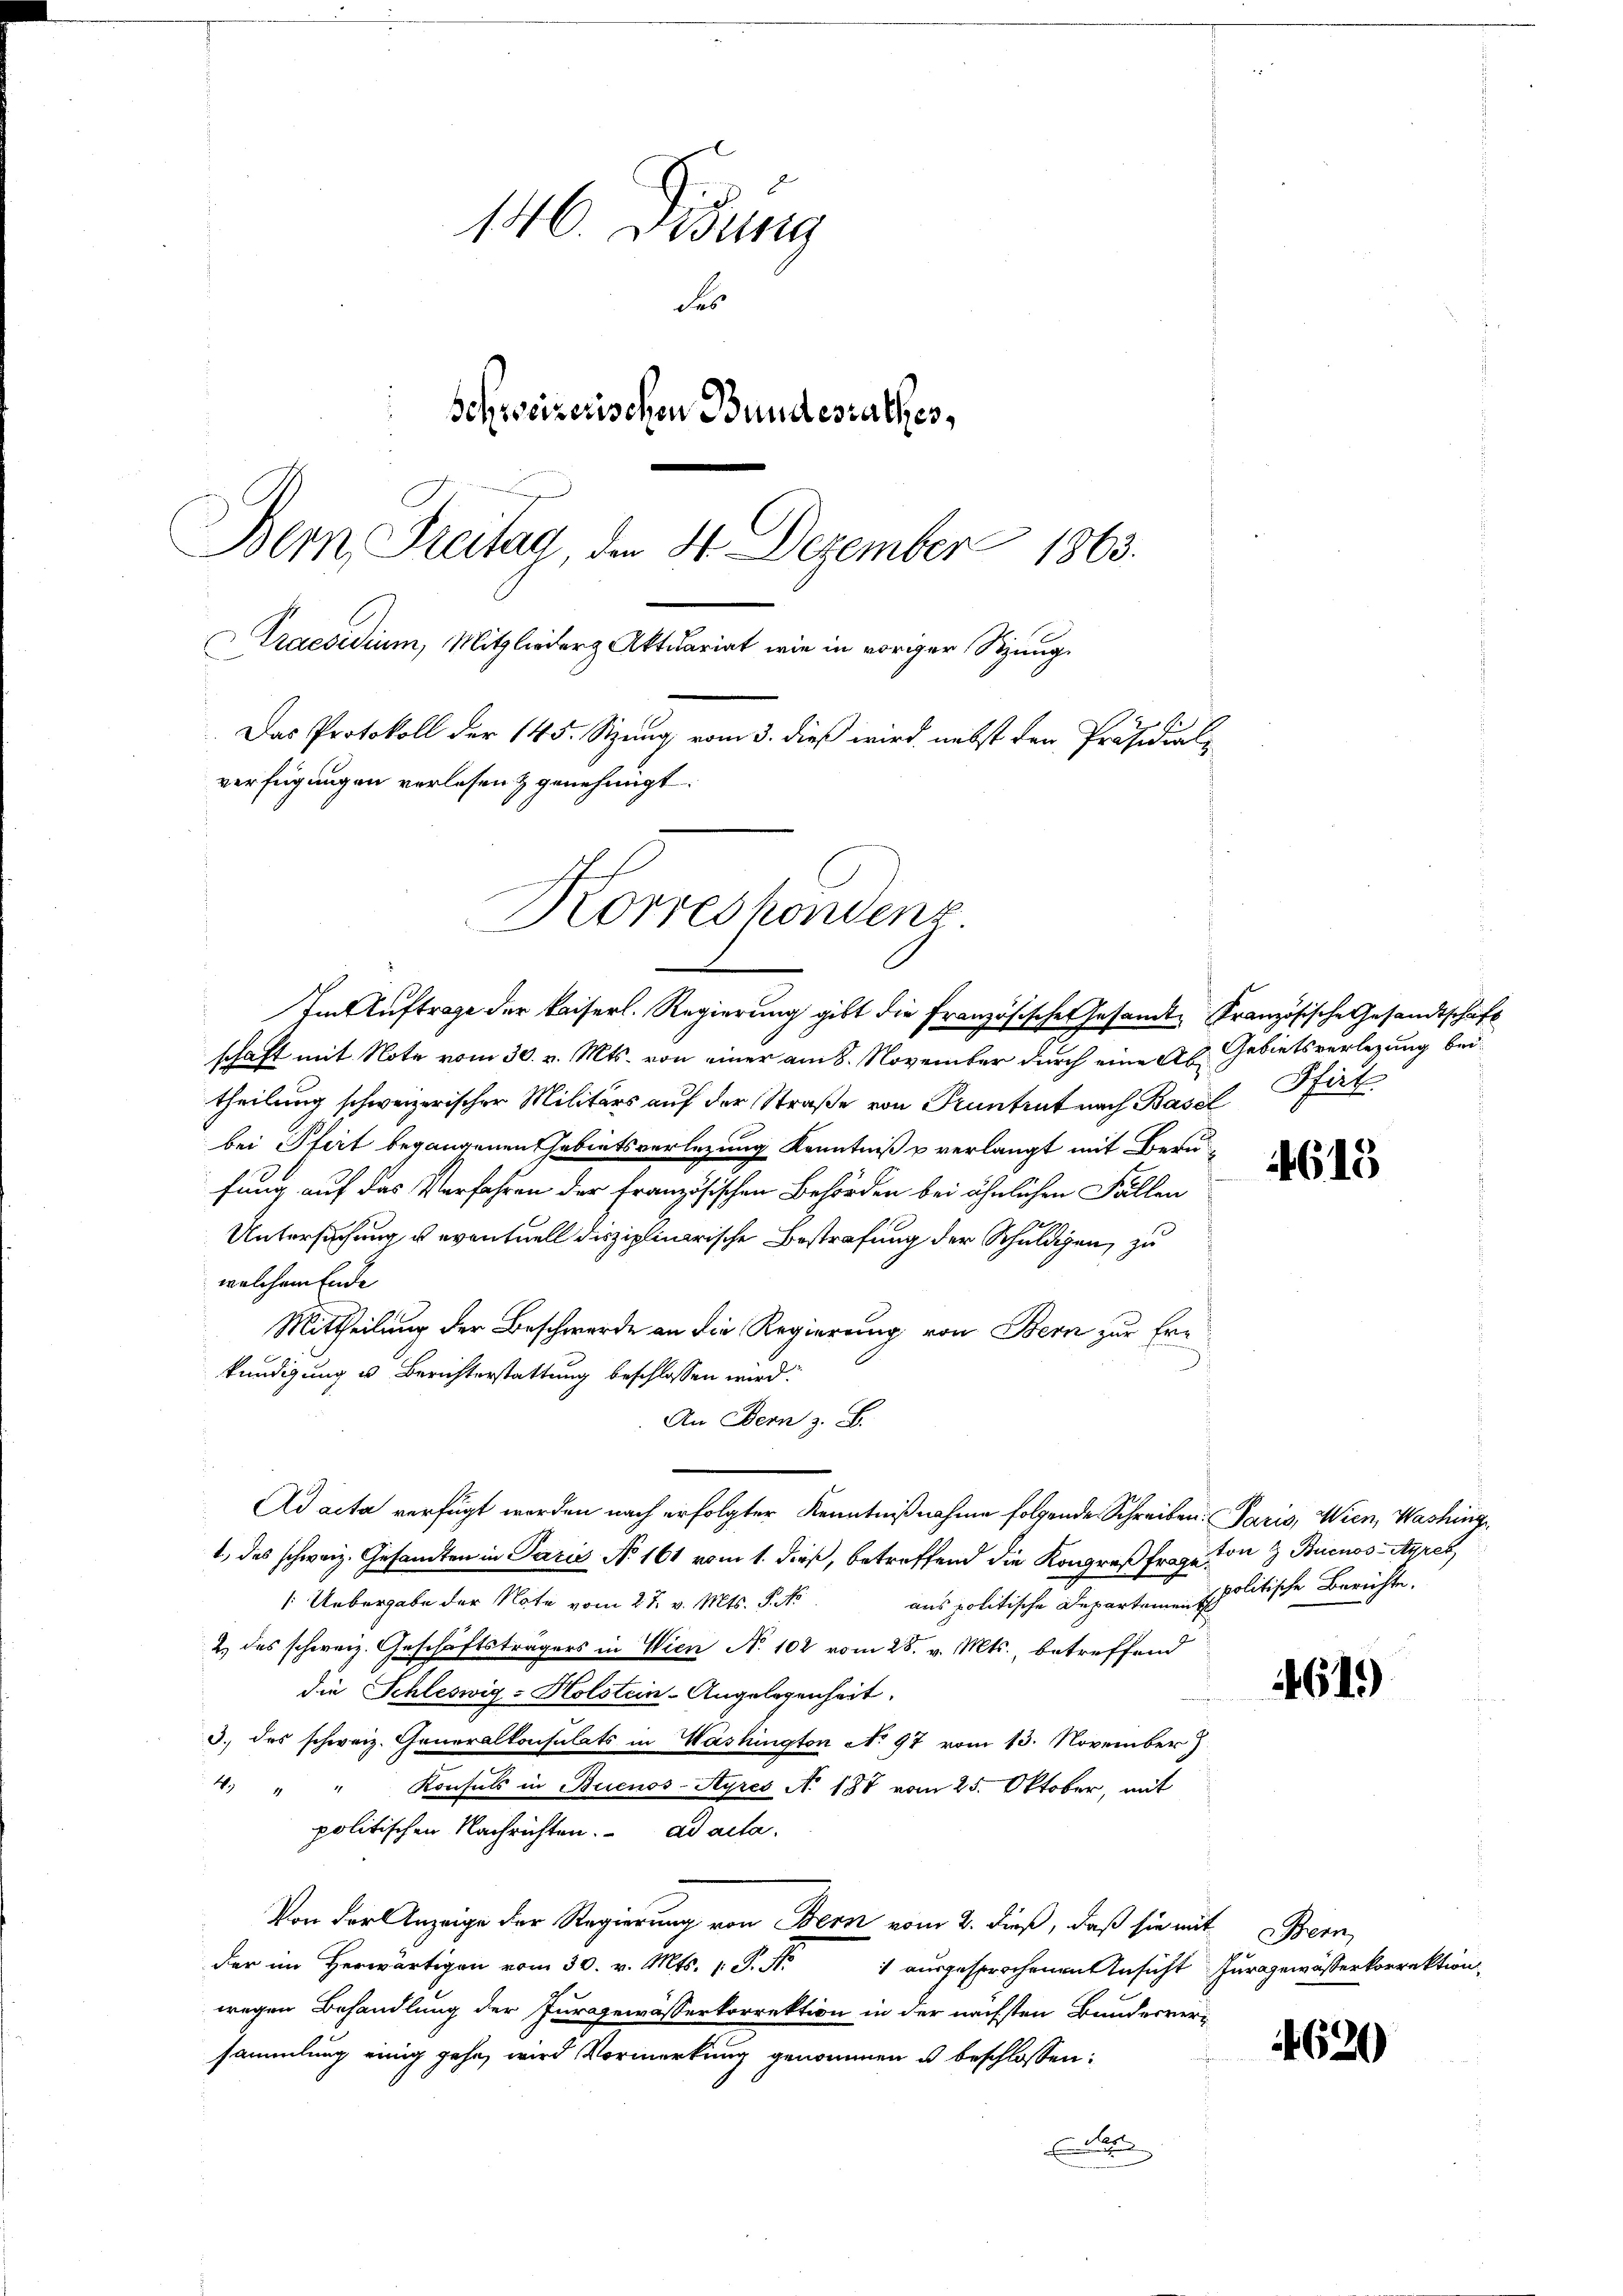
146. Didung
des
Schweizerischen Bundesrathes,
Bern Freitag, den 24. Dezember 1863.
Praesidium, Mitglieder Aktuariat wie in voriger Sitzung.
Das Protokoll der 145. Sitzung vom 3. dieß wird nebst den Präsidial-
verfügungen verlesen & genehmigt.
Korrespondenz

Im Auftrage der kaiserl. Regierung gibt die französischen Gesamte Französische Gesandtschaft

schaft mit Note vom 30. v. Mts. von einer am 8. November durch eine As. Gebietsverlegung beitheilung schweizerischer Militärs auf der Straße von Pruntrut nach Basel
bei Pfert begangenen Gebietsverlegung Kenntniß u verlangt mit Berufung auf das Verfahren der Französischen Behörden bei ähnlichen Fällen
Untersuchung u. eventuell disziplinarische Bestrafung der Schuldigen, zu
welchem Ende
Mittheilung der Beschwerde an die Regierung von Bern zur Ern
kündigung u Berichterstattung beschlossen wird.
An Bern z. B.
Ad acta verfügt worden nach erfolgter Kenntnißnahme folgende Schreiben: Paris, Wien, Washing
1, das schweiz. Gesandten in Paris No 161 vom 1. dieß, betreffend die Kongreß frage ton & Buenos-Ayrek
aus politische Departeien politische Berichte.
(: Uebergabe der Note vom 27. v. Mts. S. Nr.
2 des schweiz. Geschäftsträgers in Wien N. 102 vom 28. v. Mts., betreffend
die Schleswig-Holstein-Angelegenheit.
3. des schweiz. Generalkonsulats in Washington No 97 vom 13. November)
4. " " Konsuls in Buenos-Ayres No 158 vom 25. Oktober, mit
politischen Nachrichten. ad acta.
Von der Anzeige der Regierung von Bern vom 2. dieß, daß sie mit Bern,
.P. Nr. 1 ausgesprochenen Ansicht Furggewässerkorrektion,
wegen Behandlung der Furgewässerkorrektion in der nächsten Bunderver-
sammlung einig gehe, wird Vormerkung genommen u beschlossen:
t

Reit

4613

4619)

620